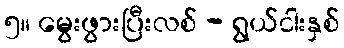
၅။ မွေးဖွားပြီးလစ် - ရွယ်ငါးနှစ်